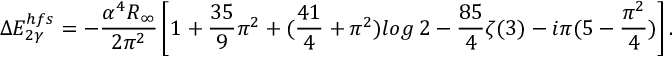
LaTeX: \Delta E _ { 2 \gamma } ^ { h f s } = - \frac { \alpha ^ { 4 } R _ { \infty } } { 2 \pi ^ { 2 } } \left[ 1 + \frac { 3 5 } { 9 } \pi ^ { 2 } + ( \frac { 4 1 } { 4 } + \pi ^ { 2 } ) l o g \, 2 - \frac { 8 5 } { 4 } \zeta ( 3 ) - i \pi ( 5 - \frac { \pi ^ { 2 } } { 4 } ) \right] .